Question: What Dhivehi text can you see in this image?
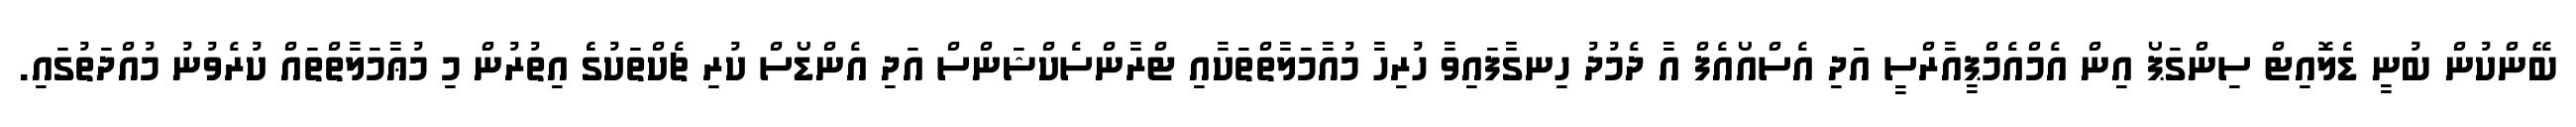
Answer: ބޭންކުން ބުނީ ޑެލޮއިޓް ސިންގަޕޯ އިން އެމްއެމްޕީއާރްސީ އަދި އެސްއޯއެފް އާ ދެމުދު ހިނގާފައިވާ ހުރިހާ މުއާމަލާތްތަކާއި ޓްރާންސެކްޝަންސް އަދި އެންޑޯސް ކުރި ޗެކްތަކުގެެ އިތުރުން މި މުޢާމަލާތްތައް ކުރެވުނު މުއްދަތުގައި.